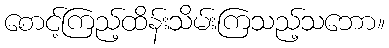
စောင့်ကြည့်ထိန်းသိမ်းကြသည့်သဘော။